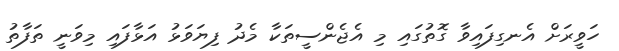
ހަވީރަށް އެނގިފައިވާ ގޮތުގައި މި އެޖެންސީތަކާ މެދު ފިޔަވަޅު އަޅާފައި މިވަނީ ތަފާތު